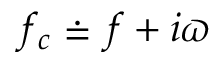
f _ { c } \doteq f + i \varpi